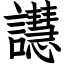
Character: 譿